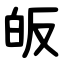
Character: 皈